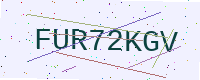
Text: FUR72KGV